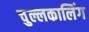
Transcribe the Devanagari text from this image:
चुल्लकालिंग